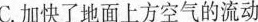
C.加快了地面上方空气的流动